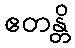
ဧတန္တိ